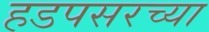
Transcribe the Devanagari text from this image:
हडपसरच्या